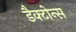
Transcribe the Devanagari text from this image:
डैक्टोन्स